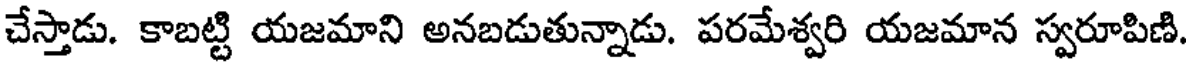
చేస్తాడు. కాబట్టి యజమాని అనబడుతున్నాడు. పరమేశ్వరి యజమాన స్వరూపిణి